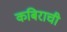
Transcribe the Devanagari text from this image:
कबिराची